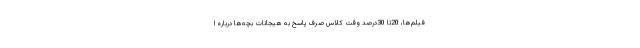
فیلم‌ها، 20تا 30درصد وقت کلاس صرف پاسخ به هیجانات بچه‌ها درباره ا